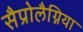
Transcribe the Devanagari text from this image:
सैप्रोलैग्निया